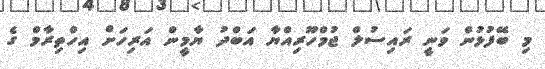
މި ބޭފުޅުން ވަނީ ރައިސުލް ޖުމްހޫރިއްޔާ އަބްދު ޔާމީން އަރިހަށް އިހްތިރާމް ގެ